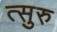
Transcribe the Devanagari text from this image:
त्सुरु